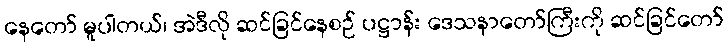
နေတော် မူပါတယ်၊ အဲဒီလို ဆင်ခြင်နေစဉ် ပဋ္ဌာန်း ဒေသနာတော်ကြီးကို ဆင်ခြင်တော်